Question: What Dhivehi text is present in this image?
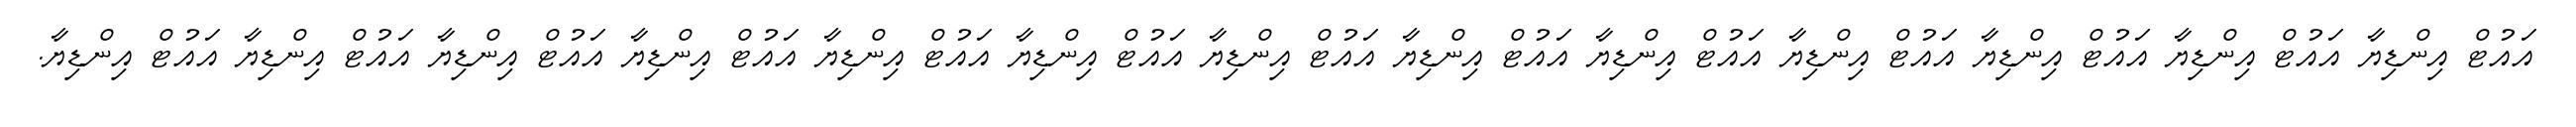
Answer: އައުޓް އިންޑިޔާ އައުޓް އިންޑިޔާ އައުޓް އިންޑިޔާ އައުޓް އިންޑިޔާ އައުޓް އިންޑިޔާ އައުޓް އިންޑިޔާ އައުޓް އިންޑިޔާ އައުޓް އިންޑިޔާ އައުޓް އިންޑިޔާ އައުޓް އިންޑިޔާ އައުޓް އިންޑިޔާ އައުޓް އިންޑިޔާ އައުޓް އިންޑިޔާ.